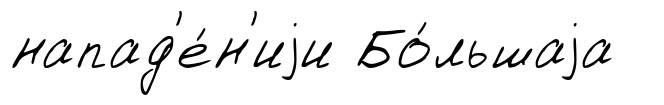
напад'е́н'иjи Бо́льшаjа